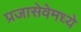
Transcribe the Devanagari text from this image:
प्रजासेवेमध्ये